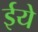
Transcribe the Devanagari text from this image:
ईये